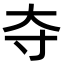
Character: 夺